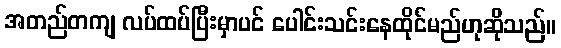
အတည်တကျ လပ်ထပ်ပြီးမှာပင် ပေါင်းသင်းနေထိုင်မည်ဟုဆိုသည်။